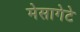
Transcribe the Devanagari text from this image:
मेसागेटे